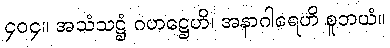
၄၀၄။ အသံသဋ္ဌံ ဂဟဋ္ဌေဟိ၊ အနာဂါရေဟိ စူဘယံ။